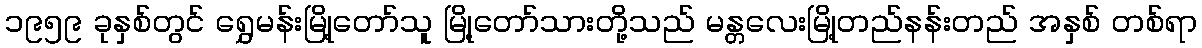
၁၉၅၉ ခုနှစ်တွင် ရွှေမန်းမြို့တော်သူ မြို့တော်သားတို့သည် မန္တလေးမြို့တည်နန်းတည် အနှစ် တစ်ရာ